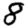
Digit: 8